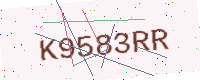
Text: K9583RR